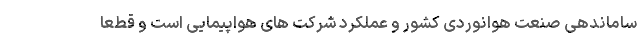
ساماندهی صنعت هوانوردی کشور و عملکرد شرکت های هواپیمایی است و قطعا